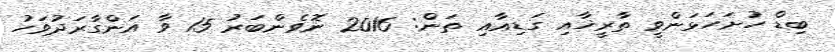
ބިޑް ހުށަހަޅަންވީ ތާރީޚާއި ގަޑިއާއި ތަން: 2016 ނޮވެންބަރު 15 ވާ އަންގާރަދުވަހު